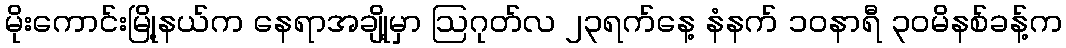
မိုးကောင်းမြို့နယ်က နေရာအချို့မှာ ဩဂုတ်လ ၂၃ရက်နေ့ နံနက် ၁၀နာရီ ၃၀မိနစ်ခန့်က